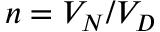
n = V _ { N } / V _ { D }